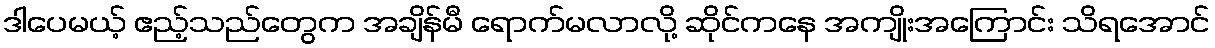
ဒါပေမယ့် ဧည့်သည်တွေက အချိန်မီ ရောက်မလာလို့ ဆိုင်ကနေ အကျိုးအကြောင်း သိရအောင်